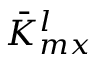
\bar { K } _ { m x } ^ { l }